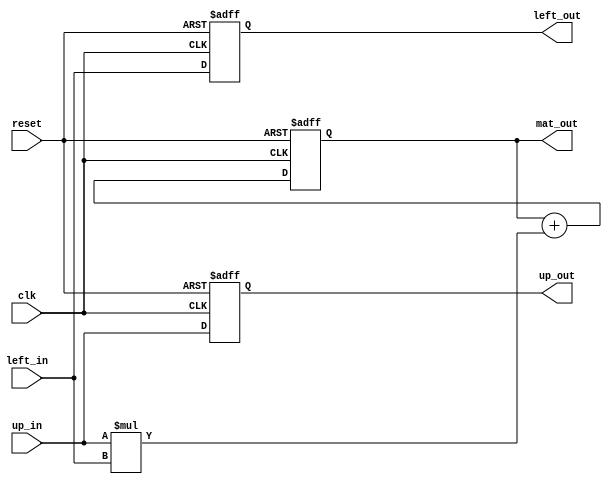
module mac(
  input                                 clk,
  input                                 reset,
  input                           [7:0] up_in,
  input                           [7:0] left_in,
  output reg                      [7:0] up_out,
  output reg                      [7:0] left_out,
  output reg                      [7:0] mat_out
);

  always @ (posedge clk or posedge reset) begin
    if (reset) begin
      up_out <= 0;
      left_out <= 0;
      mat_out <= 0;
    end else begin
      up_out <= up_in;
      left_out <= left_in;
      mat_out <= mat_out + up_in * left_in;
    end 
  end

endmodule